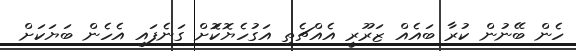
ހެން ބޭނުން ކުރާ ބައެއް ޒަރޫރީ އެއްޗެތި އަގުހެޔޮކޮަށް ގަނެފައި އެހެން ބަޔަކަށް